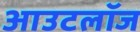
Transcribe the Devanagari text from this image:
आउटलॉज